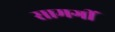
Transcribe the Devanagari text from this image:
सामगीं